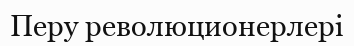
Перу революционерлері